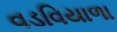
વડવિયાળા